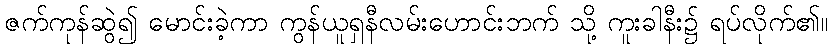
ဇက်ကုန်ဆွဲ၍ မောင်းခဲ့ကာ ကွန်ယူရှနီလမ်းဟောင်းဘက် သို့ ကူးခါနီး၌ ရပ်လိုက်၏။